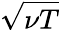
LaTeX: \sqrt{\nu T}